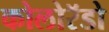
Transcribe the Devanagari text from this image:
कोलोरॅडो